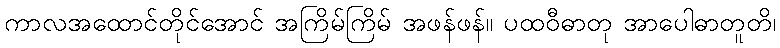
ကာလအထောင်တိုင်အောင် အကြိမ်ကြိမ် အဖန်ဖန်။ ပထဝီဓာတု အာပေါဓာတူတိ၊